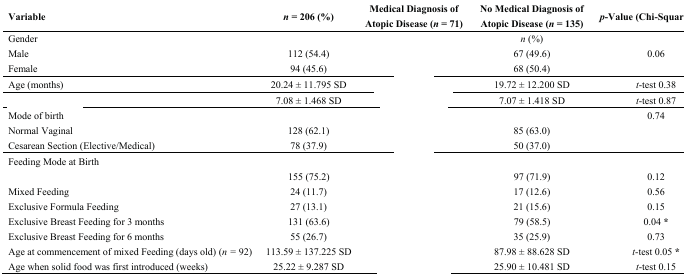
<table><thead><tr><td><b>Variable</b></td><td><b><i>n</i> = 206 (%)</b></td><td><b>Medical Diagnosis of Atopic Disease (<i>n</i> = 71)</b></td><td><b>No Medical Diagnosis of Atopic Disease (<i>n</i> = 135)</b></td><td><b><i>p</i>-Value (Chi-Square Test)</b></td></tr></thead><tbody><tr><td>Gender</td><td>[EMPTY_CELL]</td><td>[EMPTY_CELL]</td><td><i>n</i> (%)</td><td>[EMPTY_CELL]</td></tr><tr><td>Male</td><td>112 (54.4)</td><td>[EMPTY_CELL]</td><td>67 (49.6)</td><td>0.06</td></tr><tr><td>Female</td><td>94 (45.6)</td><td>[EMPTY_CELL]</td><td>68 (50.4)</td><td>[EMPTY_CELL]</td></tr><tr><td>Age (months)</td><td>20.24 ± 11.795 SD</td><td>[EMPTY_CELL]</td><td>19.72 ± 12.200 SD</td><td><i>t</i>-test 0.38</td></tr><tr><td>[EMPTY_CELL]</td><td>7.08 ± 1.468 SD</td><td>[EMPTY_CELL]</td><td>7.07 ± 1.418 SD</td><td><i>t</i>-test 0.87</td></tr><tr><td>Mode of birth</td><td>[EMPTY_CELL]</td><td>[EMPTY_CELL]</td><td>[EMPTY_CELL]</td><td>0.74</td></tr><tr><td>Normal Vaginal</td><td>128 (62.1)</td><td>[EMPTY_CELL]</td><td>85 (63.0)</td><td>[EMPTY_CELL]</td></tr><tr><td>Cesarean Section (Elective/Medical)</td><td>78 (37.9)</td><td>[EMPTY_CELL]</td><td>50 (37.0)</td><td>[EMPTY_CELL]</td></tr><tr><td>Feeding Mode at Birth</td><td>[EMPTY_CELL]</td><td>[EMPTY_CELL]</td><td>[EMPTY_CELL]</td><td>[EMPTY_CELL]</td></tr><tr><td>[EMPTY_CELL]</td><td>155 (75.2)</td><td>[EMPTY_CELL]</td><td>97 (71.9)</td><td>0.12</td></tr><tr><td>Mixed Feeding</td><td>24 (11.7)</td><td>[EMPTY_CELL]</td><td>17 (12.6)</td><td>0.56</td></tr><tr><td>Exclusive Formula Feeding</td><td>27 (13.1)</td><td>[EMPTY_CELL]</td><td>21 (15.6)</td><td>0.15</td></tr><tr><td>Exclusive Breast Feeding for 3 months</td><td>131 (63.6)</td><td>[EMPTY_CELL]</td><td>79 (58.5)</td><td>0.04<b>*</b></td></tr><tr><td>Exclusive Breast Feeding for 6 months</td><td>55 (26.7)</td><td>[EMPTY_CELL]</td><td>35 (25.9)</td><td>0.73</td></tr><tr><td>Age at commencement of mixed Feeding (days old) (<i>n =</i> 92)</td><td>113.59 ± 137.225 SD</td><td>[EMPTY_CELL]</td><td>87.98 ± 88.628 SD</td><td><i>t</i>-test 0.05 <b>*</b></td></tr><tr><td>Age when solid food was first introduced (weeks)</td><td>25.22 ± 9.287 SD</td><td>[EMPTY_CELL]</td><td>25.90 ± 10.481 SD</td><td><i>t</i>-test 0.15</td></tr></tbody></table>